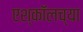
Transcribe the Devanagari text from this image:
एश्कॉलच्या